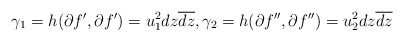
\begin{align*}\gamma_1 = h(\partial f',\partial f')=u_1^2dz\overline{dz},\gamma_2=h(\partial f'',\partial f'')= u_2^2dz\overline{dz}\end{align*}